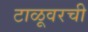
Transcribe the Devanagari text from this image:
टाळूवरची